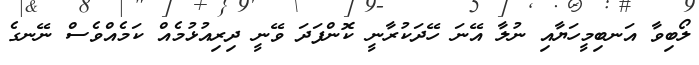
ލޯބިވާ އަނބިމީހަޔާއި ނުލާ އޭނަ ހޭދަކުރާނީ ކޮންފަދަ ވޭނީ ދިރިއުޅުމެއް ކަމެއްވެސް ނޭނގެ